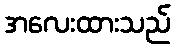
အလေးထားသည်